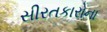
સીરતકારોના